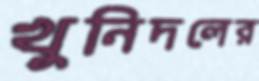
খুনিদলের